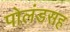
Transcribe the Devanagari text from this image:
पोलंडसह